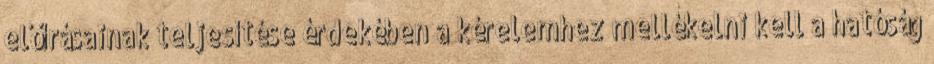
előírásainak teljesítése érdekében a kérelemhez mellékelni kell a hatóság